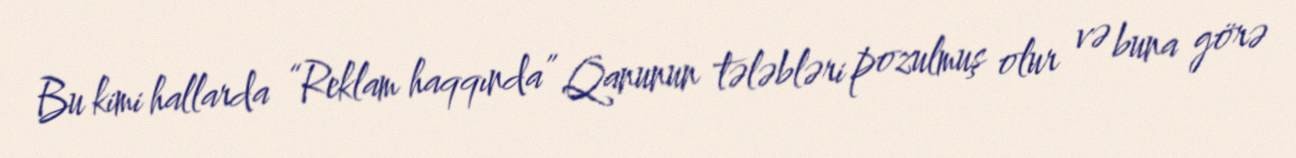
Bu kimi hallarda “Reklam haqqında” Qanunun tələbləri pozulmuş olur və buna görə